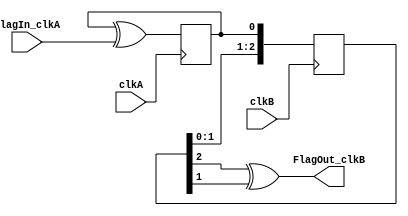
module flag_synchronizer(
		input wire clkA,
		input wire FlagIn_clkA,   // this is a one-clock pulse from the clkA domain
		input wire clkB,
		output wire FlagOut_clkB   // from which we generate a one-clock pulse in clkB domain
);

reg FlagToggle_clkA;
always @(posedge clkA) FlagToggle_clkA <= FlagToggle_clkA ^ FlagIn_clkA;  // when flag is asserted, this signal toggles (clkA domain)

reg [2:0] SyncA_clkB;
always @(posedge clkB) SyncA_clkB <= {SyncA_clkB[1:0], FlagToggle_clkA};  // now we cross the clock domains

assign FlagOut_clkB = (SyncA_clkB[2] ^ SyncA_clkB[1]);  // and create the clkB flag
endmodule